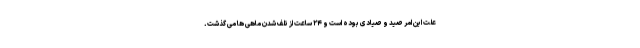
علت این امر صید و صیادی بوده است و ۲۴ ساعت از تلف شدن ماهی ها می گذشت.